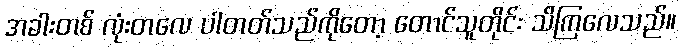
အခါးတစ် လုံးတလေ ပါတတ်သည်ကိုတော့ တောင်သူတိုင်း သိကြလေသည်။